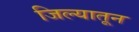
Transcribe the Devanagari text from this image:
जिल्यातून